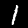
Digit: 1